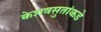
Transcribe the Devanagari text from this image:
केशवसुतांकडे